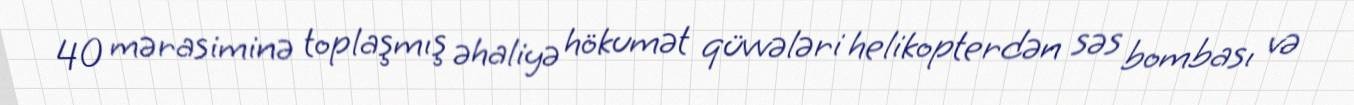
40 mərasiminə toplaşmış əhaliyə hökumət qüvvələri helikopterdən səs bombası və